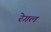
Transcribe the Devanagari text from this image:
रेगल